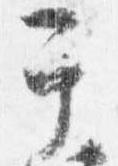
于